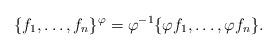
LaTeX: \begin{align*}\{f_1,\dots,f_n\}^{\varphi}=\varphi^{-1}\{\varphi f_1,\dots, \varphi f_n\}.\end{align*}